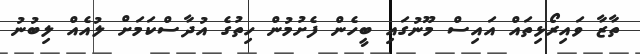
ތާޒާ ވައިރޯޅިތައް އައިސް މޫނުގައި ބީހެން ފެށުމުން ހިތުގެ އުދާސްކަމަށް ލުއެއް ލިބުނު